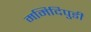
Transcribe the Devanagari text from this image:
ममिदिपुडी